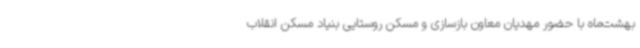
بهشت‌ماه با حضور مهدیان معاون بازسازی و مسکن روستایی بنیاد مسکن انقلاب